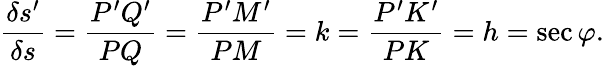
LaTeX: {\frac{\delta s^{\prime}}{\delta s}}={\frac{P^{\prime}Q^{\prime}}{PQ}}={\frac{P^{\prime}M^{\prime}}{PM}}=k={\frac{P^{\prime}K^{\prime}}{PK}}=h=\sec\varphi.